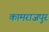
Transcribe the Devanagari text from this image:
कामराजपुर